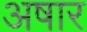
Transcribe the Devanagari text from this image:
अषार